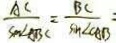
\frac { A C } { \sin \angle A B C } = \frac { B C } { \sin \angle C A B }